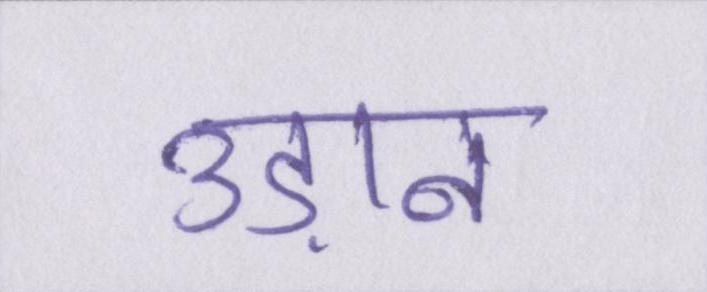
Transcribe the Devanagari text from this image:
उड़ान